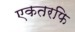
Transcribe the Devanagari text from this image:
एकतरफि